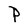
Character: P